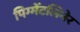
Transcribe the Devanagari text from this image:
पिग्मेंटलिनेर